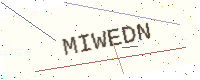
Text: MIWEDN